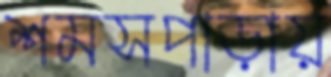
শমসপাড়ায়